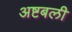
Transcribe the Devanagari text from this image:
अष्टबली